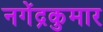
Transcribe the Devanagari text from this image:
नगेंद्रकुमार